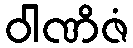
ဝါဏိဇံ